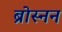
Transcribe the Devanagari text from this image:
ब्रोस्नन